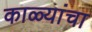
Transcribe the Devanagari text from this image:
काळ्यांचा